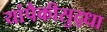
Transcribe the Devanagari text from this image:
यांपैकीसुद्धा